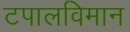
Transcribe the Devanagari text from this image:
टपालविमान